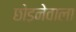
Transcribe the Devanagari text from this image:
छोड़नेवाला